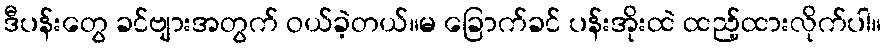
ဒီပန်းတွေ ခင်ဗျားအတွက် ဝယ်ခဲ့တယ်။မ ခြောက်ခင် ပန်းအိုးထဲ ထည့်ထားလိုက်ပါ။